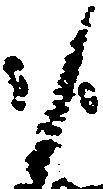
候